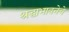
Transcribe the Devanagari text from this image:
श्रद्धाभावनेचे